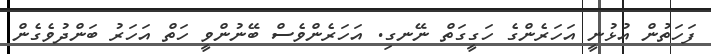
ފަހަތުން އުޅުނީ އަހަރެންގެ ހަގީގަތް ނޭނގި. އަހަރެންވެސް ބޭނުންވީ ހަތް އަހަރު ބަންދުވެގެން